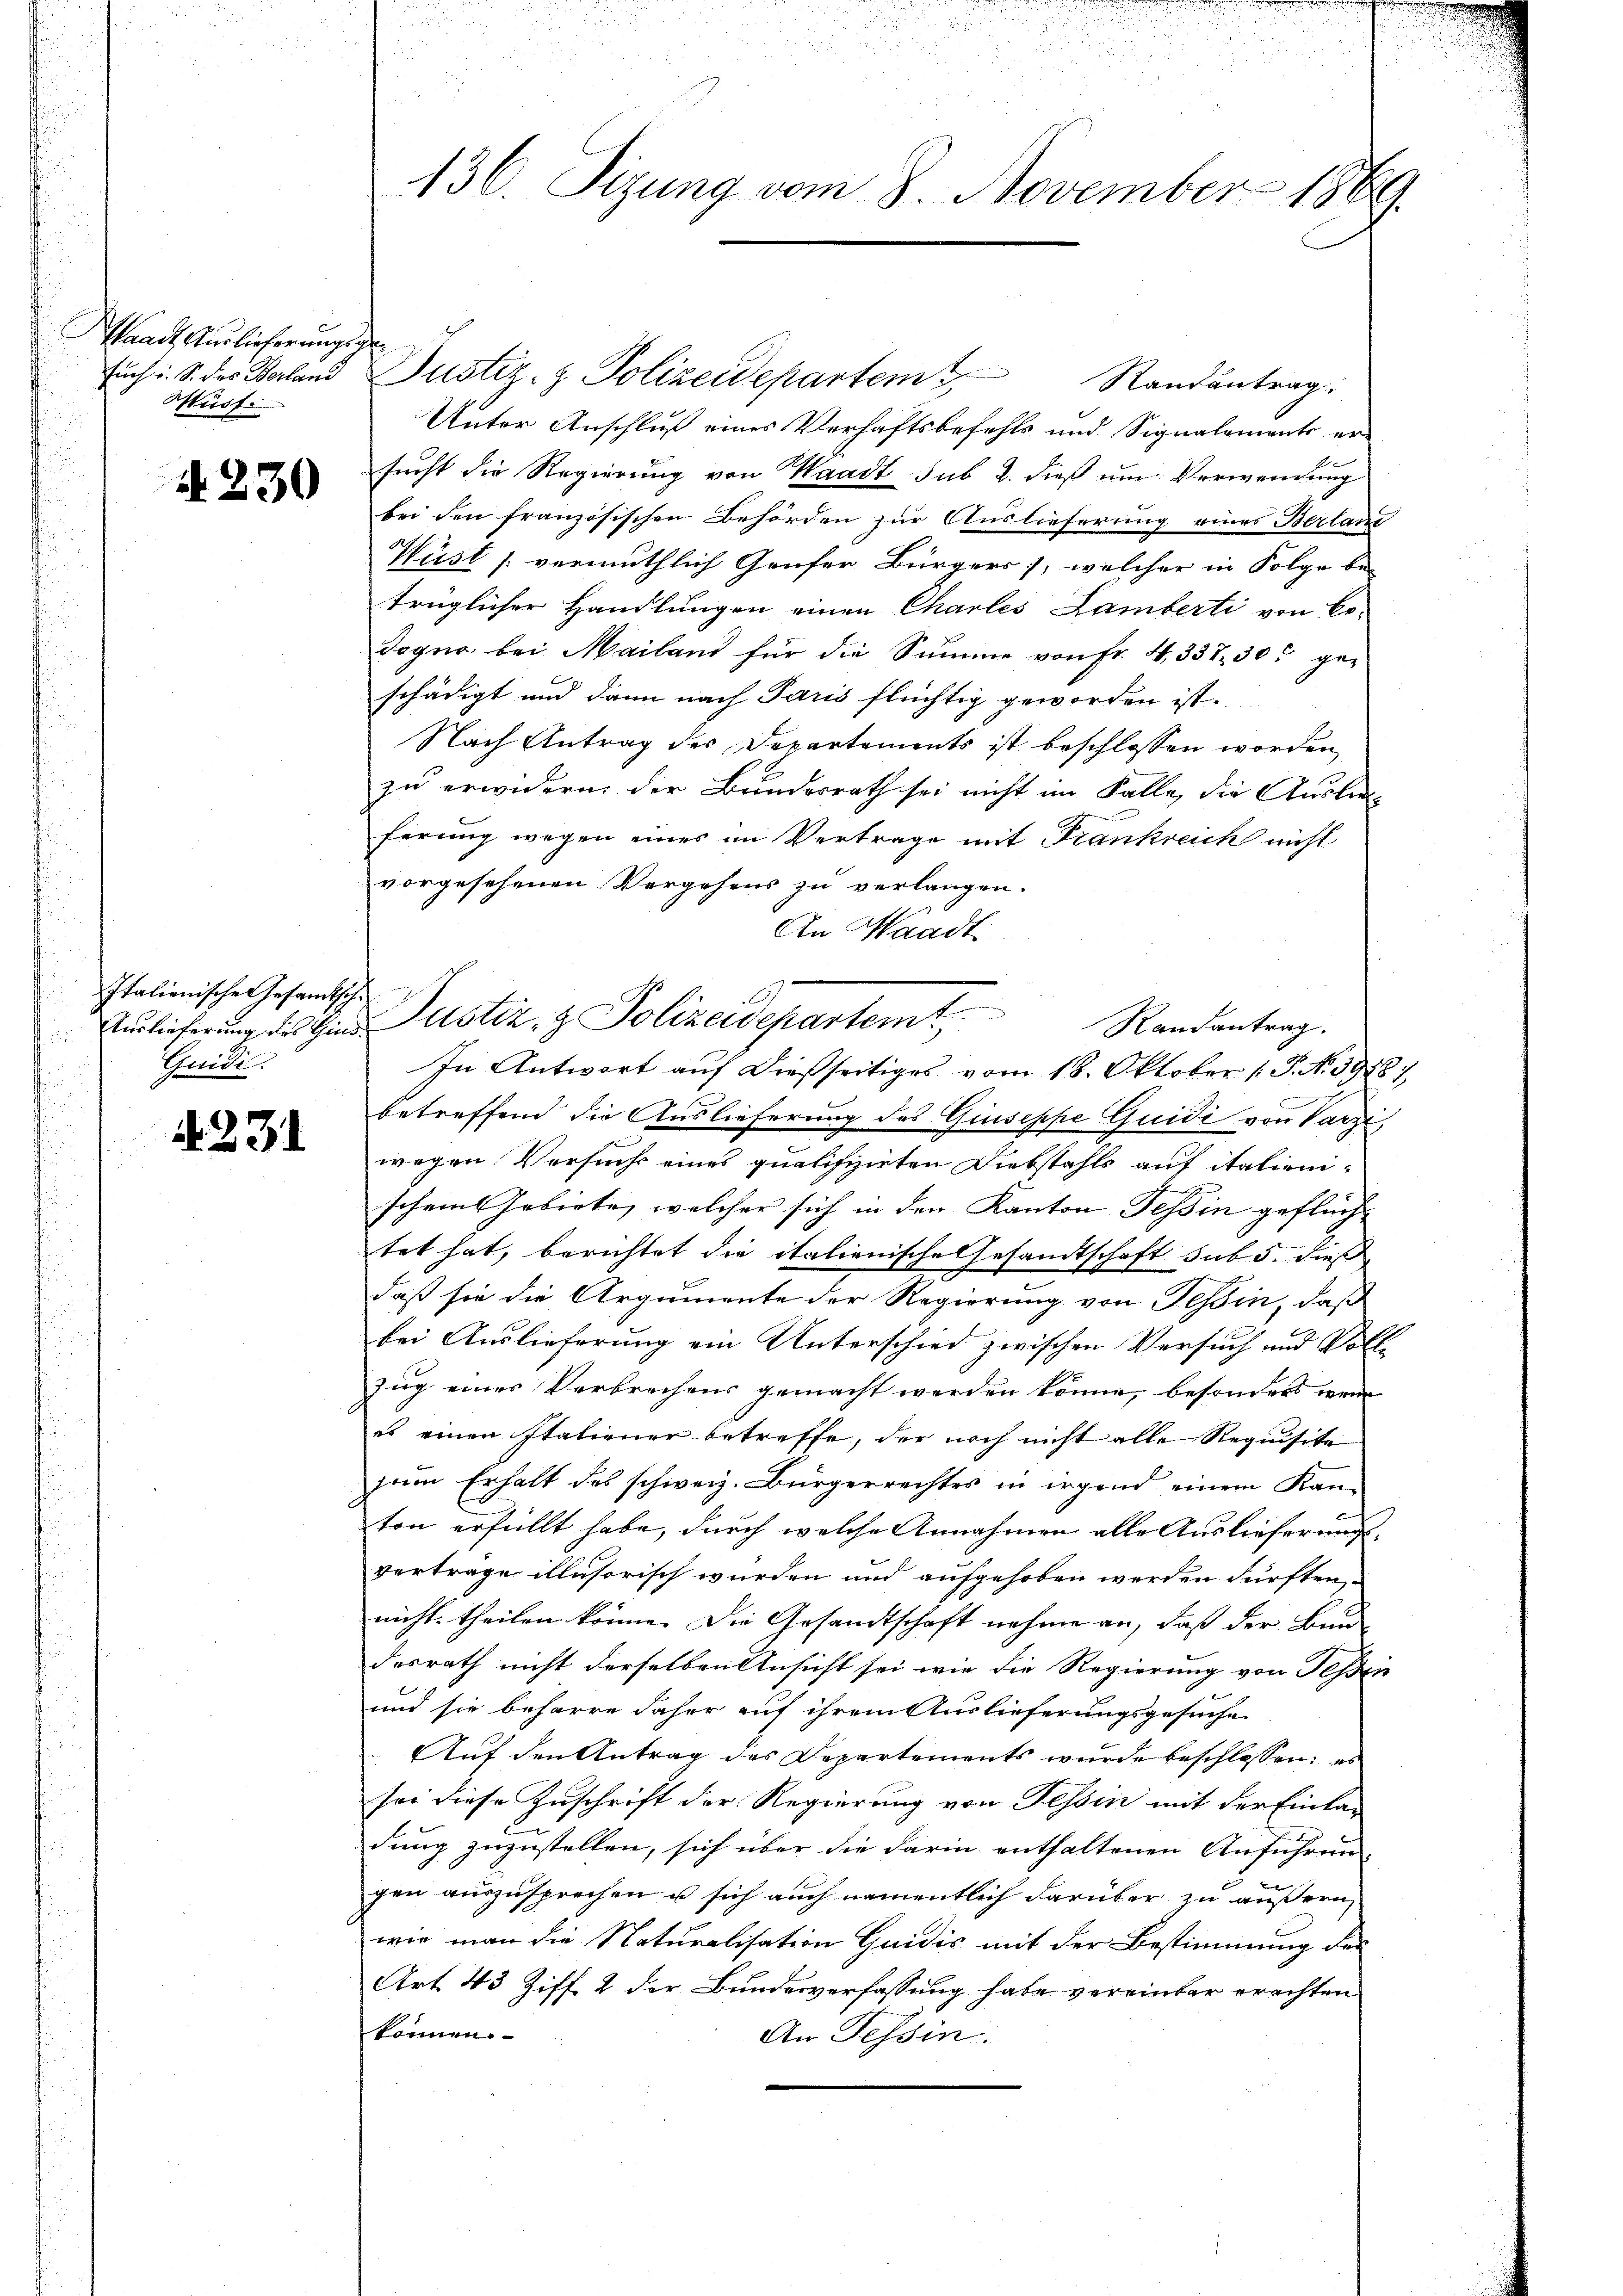
aadt, Auslieferungsge
such u. S. des Verland
Susf.

N 230

Italienische Gesandtsch.
Guide.

A. 234.

Justiz- & Polizeidepartemt,
Randantrag:
Unter Anschluß eines Verhaftsbefehls und Signalements er-
sucht die Regierung von Waadt sub 2. dieß um Verwendung
bei den französischen Behörden zur Auslieferung eines Berlang
Wüst /: vermuthlich Genfer Bürgers, welcher in Folge be-
trüglicher Handlungen einen Chartes Lamberti von Bo-
Degno bei Mailand für die Summe von Fr. 4, 337 30 ge-
schädigt und dann nach Paris flüchtig geworden ist.
Nach Antrag des Departements ist beschlossen worden
zu erwidern der Bundesrath sei nicht im Falle, die Austra-
ferung wegen eines im Vertrage mit Frankreich nicht
vorgesehenen Vergehens zu verlangen.
An Waadt
Auslieferung des Hinde Justiz- & Polizeidepartemt,
betreffend die Auslieferung des Giuseppe Quidi von Parzi,
wegen Versuchs eines qualifizirten Diebstahls auf italienischem Gebiete, welcher sich in den Kanton Tessin gefluch- |
tet hat, berichtet die italienische Gesandtschaft sub 5. dieß
daß sie die Argumente der Regierung von Tessin, daß
bei Auslieferung ein Unterschied zwischen Versuch und Voll-
zug eines Verbrechens gemacht werden könne, besonders wenn
es einen Italiener betreffe, der noch nicht alle Requisite
zum Erhalt des schweiz. Bürgerrechtes in irgend einem Kanton erfüllt habe, durch welche Annahmen alle Auslieferung.
vertrage illusorisch wurden und aufgehoben werden dürften,
nicht theilen könne. Die Gesandtschaft nehme an, daß der Bund
desrath nicht derselben Ansicht sei wie die Regierung von Teßin
und sie beharre daher auf ihrem Auslieferungsgesuche
Auf den Antrag des Departements wurde beschlossen: es
sei diese Zuschrift der Regierung von Tessin mit der Einlan
dung zuzustellen, sich über die darin enthaltenen Anführungen auszusprechen u sich auch namentlich darüber zu äußern,
wie man die Naturalisation Guidis mit der Bestimmung des
Art 43 Ziff. 2 der Bundesverfassung habe vereinbar erachten
können.
An Tessin.

136. Sizung vom 8. November 1869.

Randantrag.
In Antwort auf dießseitiges vom 18. Oktober (: P. Nr. 3988),